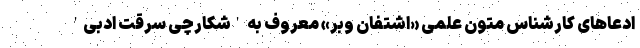
ادعاهای کارشناس متون علمی «اشتفان وبر» معروف به 'شکارچی سرقت ادبی'